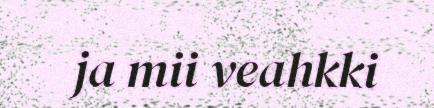
ja mii veahkki